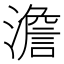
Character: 澹